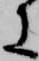
に